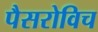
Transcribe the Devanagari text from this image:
पैसरोविच